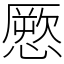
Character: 憠